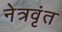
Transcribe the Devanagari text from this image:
नेत्रवृंत